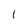
Character: 1